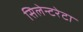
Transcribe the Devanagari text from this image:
सिलेन्टरेटा